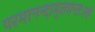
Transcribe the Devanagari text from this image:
परमानन्दामृतमन्तःस्थं